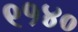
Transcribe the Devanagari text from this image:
९१४०